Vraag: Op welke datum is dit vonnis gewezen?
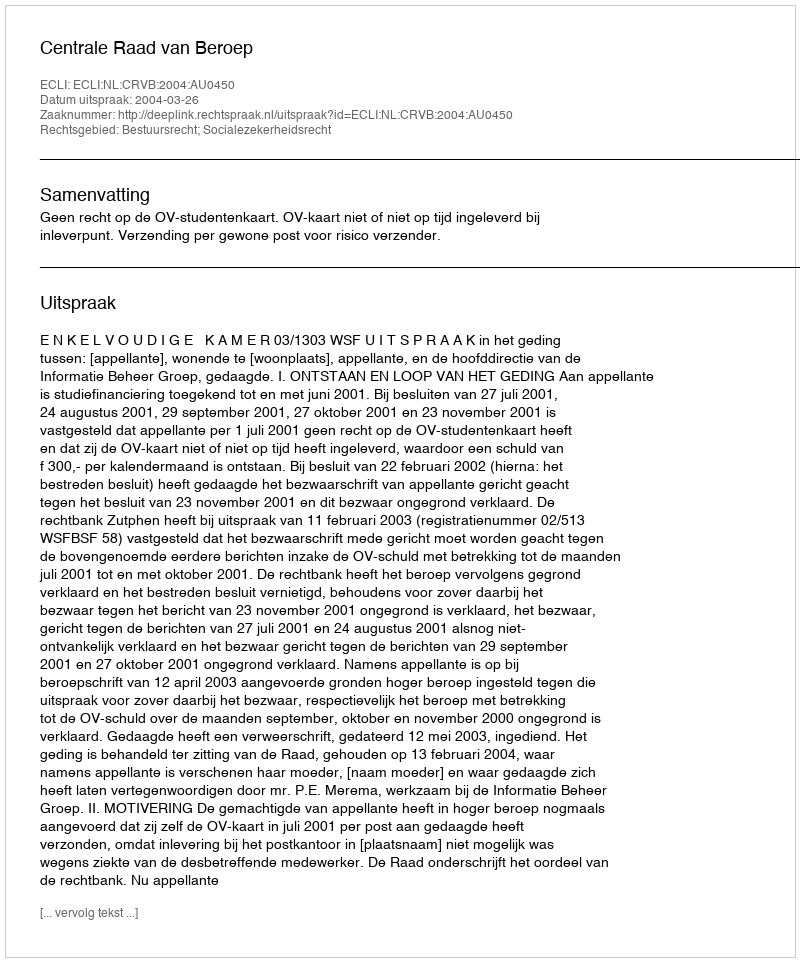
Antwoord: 2004-03-26